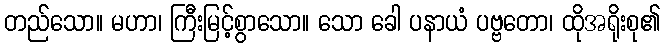
တည်သော။ မဟာ၊ ကြီးမြင့်စွာသော။ သော ခေါ ပနာယံ ပဗ္ဗတော၊ ထိုအရိုးစု၏